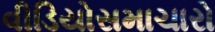
વીડિયોસમાચારો